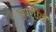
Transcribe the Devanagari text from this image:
स्पर्धेती